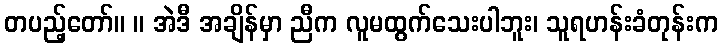
တပည့်တော်။ ။ အဲဒီ အချိန်မှာ ညီက လူမထွက်သေးပါဘူး၊ သူရဟန်းခံတုန်းက